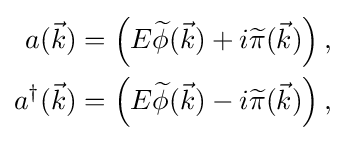
{\begin{aligned}a({\vec {k}})&=\left(E{\widetilde {\phi }}({\vec {k}})+i{\widetilde {\pi }}({\vec {k}})\right),\\a^{\dagger }({\vec {k}})&=\left(E{\widetilde {\phi }}({\vec {k}})-i{\widetilde {\pi }}({\vec {k}})\right),\end{aligned}}